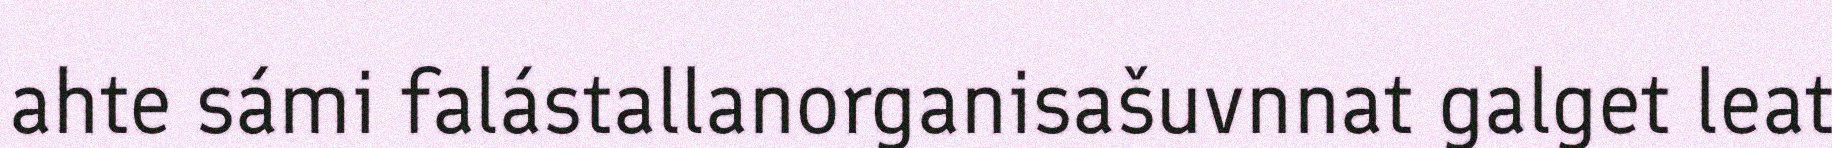
ahte sámi falástallanorganisašuvnnat galget leat